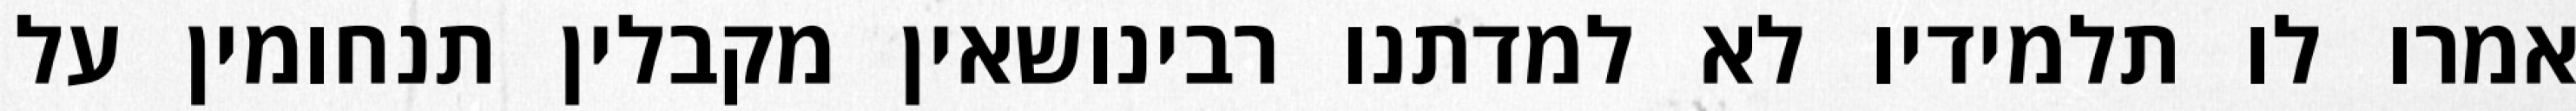
אמרו לו תלמידיו לא למדתנו רבינושאין מקבלין תנחומין על